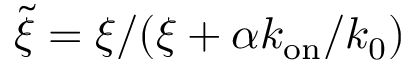
\tilde { \xi } = \xi / ( \xi + \alpha k _ { \mathrm { o n } } / k _ { 0 } )